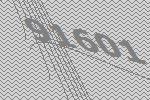
91601